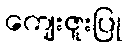
ကျေးဇူးပြု